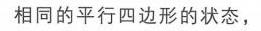
相同的平行四边形的状态，